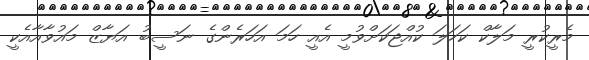
މެރީކުރީ މަލާކް ކަހަލަ ކުއްޖަކަށްވުމީ އެއީ ހަމަ އަހަރެންގެ ނަސީބު އަޔާޒް މައުވާއާއެކީ